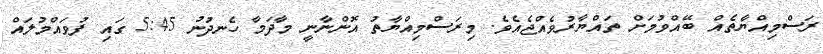
ރަސްމިއްޔާތެއް ބޭއްވުމަށް ތައްޔާރުވެއްޖެއެވެ. މިރަސްމިއްޔާތު އޮންނާނީ މާދަމާ ހެނދުނު 5:45 ގައި ފުވައްމުލައް